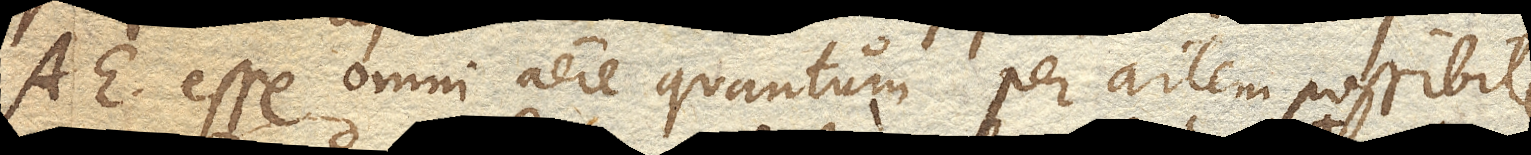
AAE. esse omni aere quantum per artem possibile